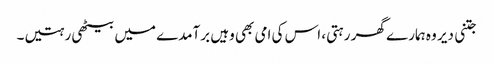
جتنی دیر وہ ہمارے گھر رہتی، اس کی امی بھی وہیں برآمدے میں بیٹھی رہتیں۔